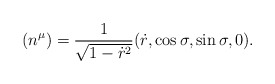
\begin{align*}(n^{\mu})=\frac{1}{\sqrt{1-\dot{r}^{2}}}(\dot{r}, \cos{\sigma},\sin{\sigma}, 0).\end{align*}